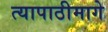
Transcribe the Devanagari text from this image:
त्यापाठीमागे